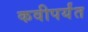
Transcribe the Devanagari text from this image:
कवीपर्यंत